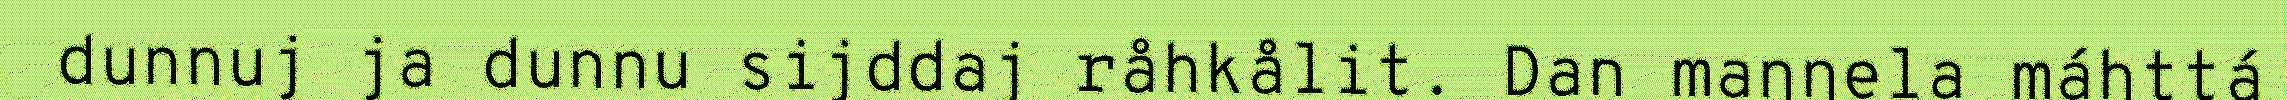
dunnuj ja dunnu sijddaj råhkålit. Dan maŋŋela máhttá